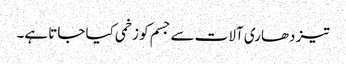
تیز دھاری آلات سے جسم کو زخمی کیا جاتا ہے۔